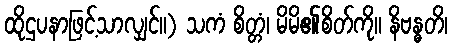
ထိုဌပနာဖြင့်သာလျှင်။) သကံ စိတ္တံ၊ မိမိ၏စိတ်ကို။ နိဗန္ဓတိ၊